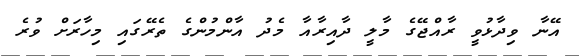
އޭނާ ވިދާޅުވީ ރާއްޖޭގެ މާލީ ދާއިރާއާ މެދު އާންމުންގެ ތެރޭގައި މިހާރަށް ވުރެ